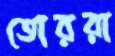
তোররা